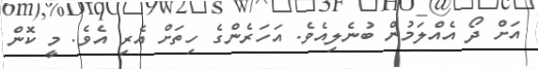
އަށް ދޯ އެއްލަމުން ބުނެލިއެވެ. އަހަރެންގެ ހިތަށް އެރި އެވެ. މީ ކޮން